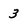
Character: 3